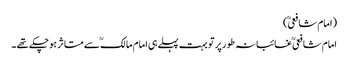
(امام شافعیؒ )
امام شافعیؒ غائبانہ طورپر تو بہت پہلے ہی امام مالکؒ سے متاثر ہوچکے تھے ۔